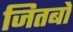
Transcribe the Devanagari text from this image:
जितबो